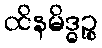
ထိနမိဒ္ဓဉ္စ